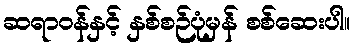
ဆရာဝန်နှင့် နှစ်စဉ်ပုံမှန် စစ်ဆေးပါ။